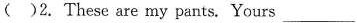
()2.These are my pants. Yours ___